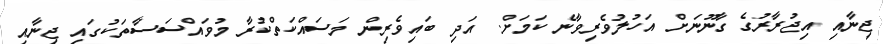
ޖިނާއި އިޖުރާރުގެ ގާނޫނަށް އަހުލުވެރިވާނެ ކަމަށް. އަދި ބައިވެރިން މަސައްކަތްކުރާ މުވައްސަސާތަކުގައި ޖިނާއި